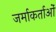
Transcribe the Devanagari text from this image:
जर्माकर्ताओं